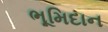
ભૂમિદાન